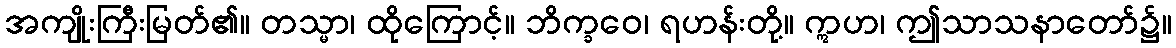
အကျိုးကြီးမြတ်၏။ တသ္မာ၊ ထိုကြောင့်။ ဘိက္ခဝေ၊ ရဟန်းတို့။ ဣဟ၊ ဤသာသနာတော်၌။